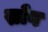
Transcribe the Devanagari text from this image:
स्रोव